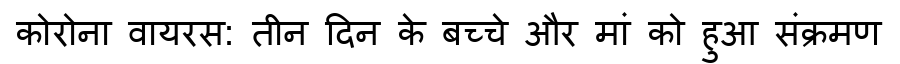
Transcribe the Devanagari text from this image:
कोरोना वायरस: तीन दिन के बच्चे और मां को हुआ संक्रमण